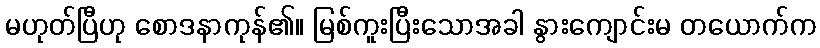
မဟုတ်ပြီဟု စောဒနာကုန်၏။ မြစ်ကူးပြီးသောအခါ နွားကျောင်းမ တယောက်က